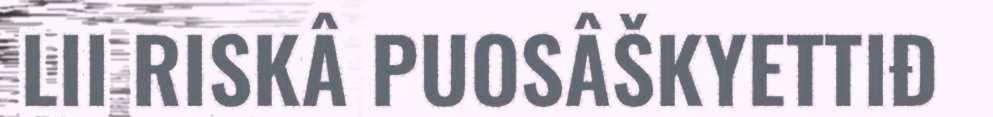
LII RISKÂ PUOSÂŠKYETTIĐ